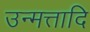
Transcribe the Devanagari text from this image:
उन्मत्तादि